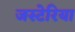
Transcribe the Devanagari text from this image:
जस्टेरिया